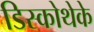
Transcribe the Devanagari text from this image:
डिस्कोथेके